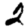
Digit: 2